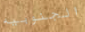
الجنوبيه